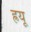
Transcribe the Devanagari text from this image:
ह्रयू